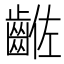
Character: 𪘡